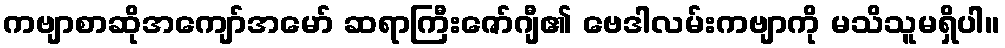
ကဗျာစာဆိုအကျော်အမော် ဆရာကြီးဇော်ဂျီ၏ ဗေဒါလမ်းကဗျာကို မသိသူမရှိပါ။